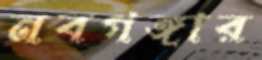
নবগঙ্গার